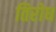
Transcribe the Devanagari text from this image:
तिरोध